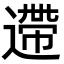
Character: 遰